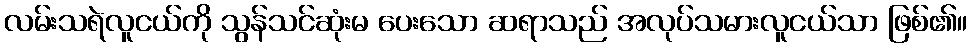
လမ်းသရဲလူငယ်ကို သွန်သင်ဆုံးမ ပေးသော ဆရာသည် အလုပ်သမားလူငယ်သာ ဖြစ်၏။